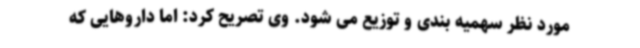
مورد نظر سهمیه بندی و توزیع می شود. وی تصریح کرد: اما داروهایی که